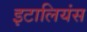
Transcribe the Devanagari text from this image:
इटालियंस